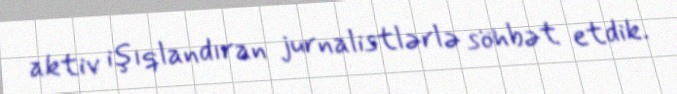
aktiv işıqlandıran jurnalistlərlə söhbət etdik.